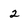
Character: 2